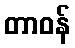
တာဝန်